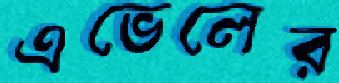
এভেলের